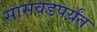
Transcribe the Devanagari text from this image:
सासवडपर्य़ंत